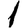
Digit: 1